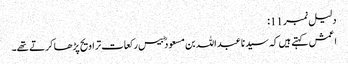
دلیل نمبر 11:
اعمش کہتے ہیں کہ سید نا عبد اللہ بن مسعود ؓ بیس رکعات تراویح پڑھا کرتے تھے۔